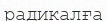
радикалға